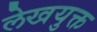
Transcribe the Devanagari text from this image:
लेखयुक्त